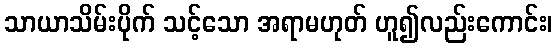
သာယာသိမ်းပိုက် သင့်သော အရာမဟုတ် ဟူ၍လည်းကောင်း၊